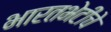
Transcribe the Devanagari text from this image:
भारतभेटीचे